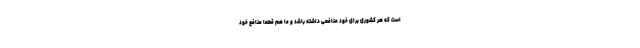
است که هر کشوری برای خود منافعی داشته باشد و ما هم قطعاً منافع خود